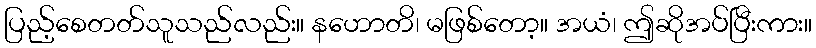
ပြည့်စေတတ်သူသည်လည်း။ နဟောတိ၊ မဖြစ်တော့။ အယံ၊ ဤဆိုအပ်ပြီးကား။